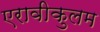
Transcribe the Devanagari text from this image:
एरावीकुलम